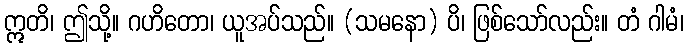
ဣတိ၊ ဤသို့။ ဂဟိတော၊ ယူအပ်သည်။ (သမနော) ပိ၊ ဖြစ်သော်လည်း။ တံ ဂါမံ၊